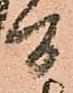
間